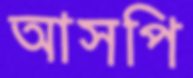
আসপি